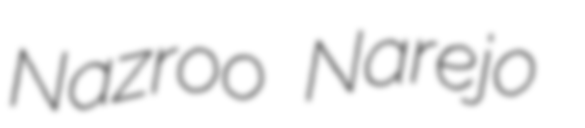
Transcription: Nazroo Narejo